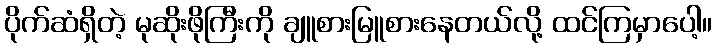
ပိုက်ဆံရှိတဲ့ မုဆိုးဖိုကြီးကို ချူစားမြူစားနေတယ်လို့ ထင်ကြမှာပေါ့။